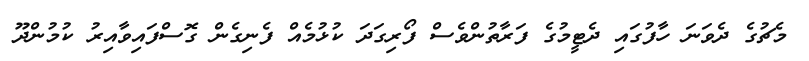
މެޗުގެ ދެވަނަ ހާފުގައި ދެޓީމުގެ ފަރާތުންވެސް ފޯރިގަދަ ކުޅުމެއް ފެނިގެން ގޮސްފައިވާއިރު ކުމުންދޫ